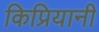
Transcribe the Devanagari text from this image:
किप्रियानी